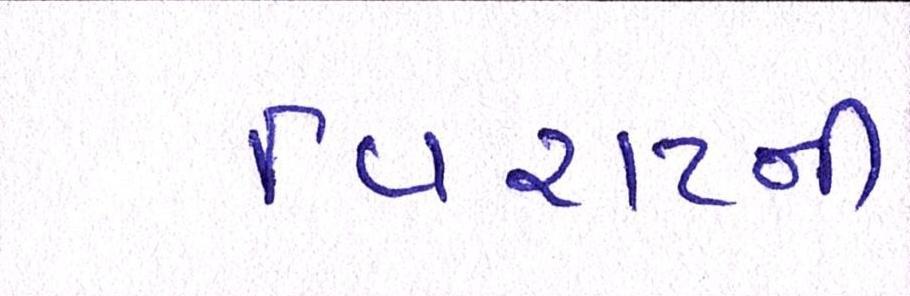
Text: વિરાટની